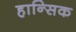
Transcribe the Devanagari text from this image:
हान्सिक